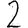
Digit: 2